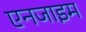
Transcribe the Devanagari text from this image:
एनजाइम